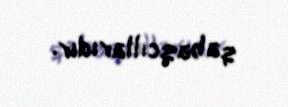
qabaqcıllarıdır.